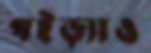
পইড়্যাও